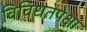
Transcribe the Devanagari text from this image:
विविधतेपेक्षा